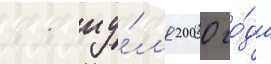
11 иу́л'я 2000 го́да